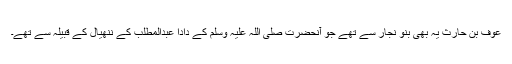
عوف بن حارث یہ بھی بنو نجار سے تھے جو آنحضرت صلی اللہ علیہ وسلم کے دادا عبدالمطلب کے ننھیال کے قبیلہ سے تھے۔